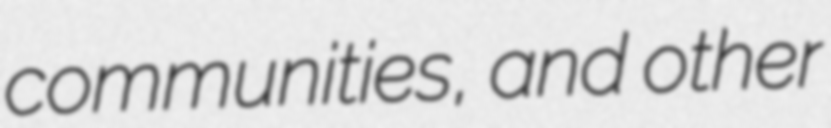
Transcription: communities, and other